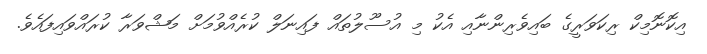
އިކޮނޮމިކް ރިކަވަރީގެ ބައިވެރިންނާއި އެކު މި އުސޫލުތައް ފައިނަލް ކުރެއްވުމަށް މަޝްވަރާ ކުރައްވައިފައެވެ.